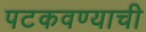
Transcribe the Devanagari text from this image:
पटकवण्याची